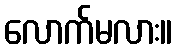
လောက်မလား။